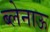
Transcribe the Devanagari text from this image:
ब्लेनाऊ